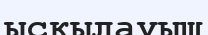
ысқылауыш